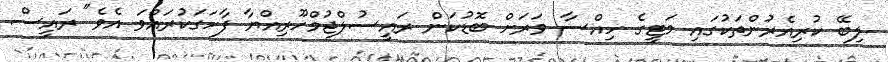
ލިބޭ ކުރިއެރުންތަކުގައި މަޓީގެ ހިއްސާ ވަރަށް ބޮޑުކަން ރައީސުލްޖުމްހޫރިއްޔާ ފާހަގަކުރައްވަ އެވެ" ރައީސް